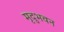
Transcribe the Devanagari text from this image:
मृदुभवन